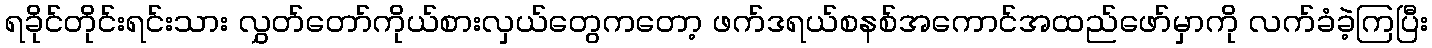
ရခိုင်တိုင်းရင်းသား လွှတ်တော်ကိုယ်စားလှယ်တွေကတော့ ဖက်ဒရယ်စနစ်အကောင်အထည်ဖော်မှာကို လက်ခံခဲ့ကြပြီး